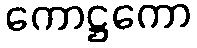
ကောဋ္ဌကော